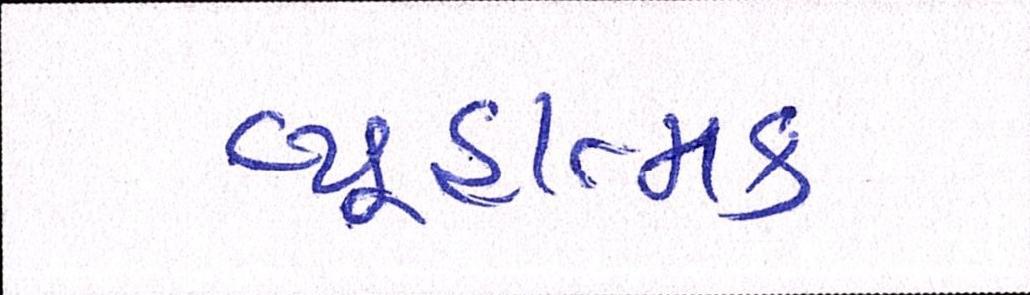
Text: વ્યૂહાત્મક